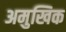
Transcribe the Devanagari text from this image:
अमुखिक